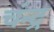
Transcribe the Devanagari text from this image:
चंन्द्र